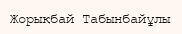
Жорықбай Табынбайұлы